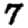
Digit: 7